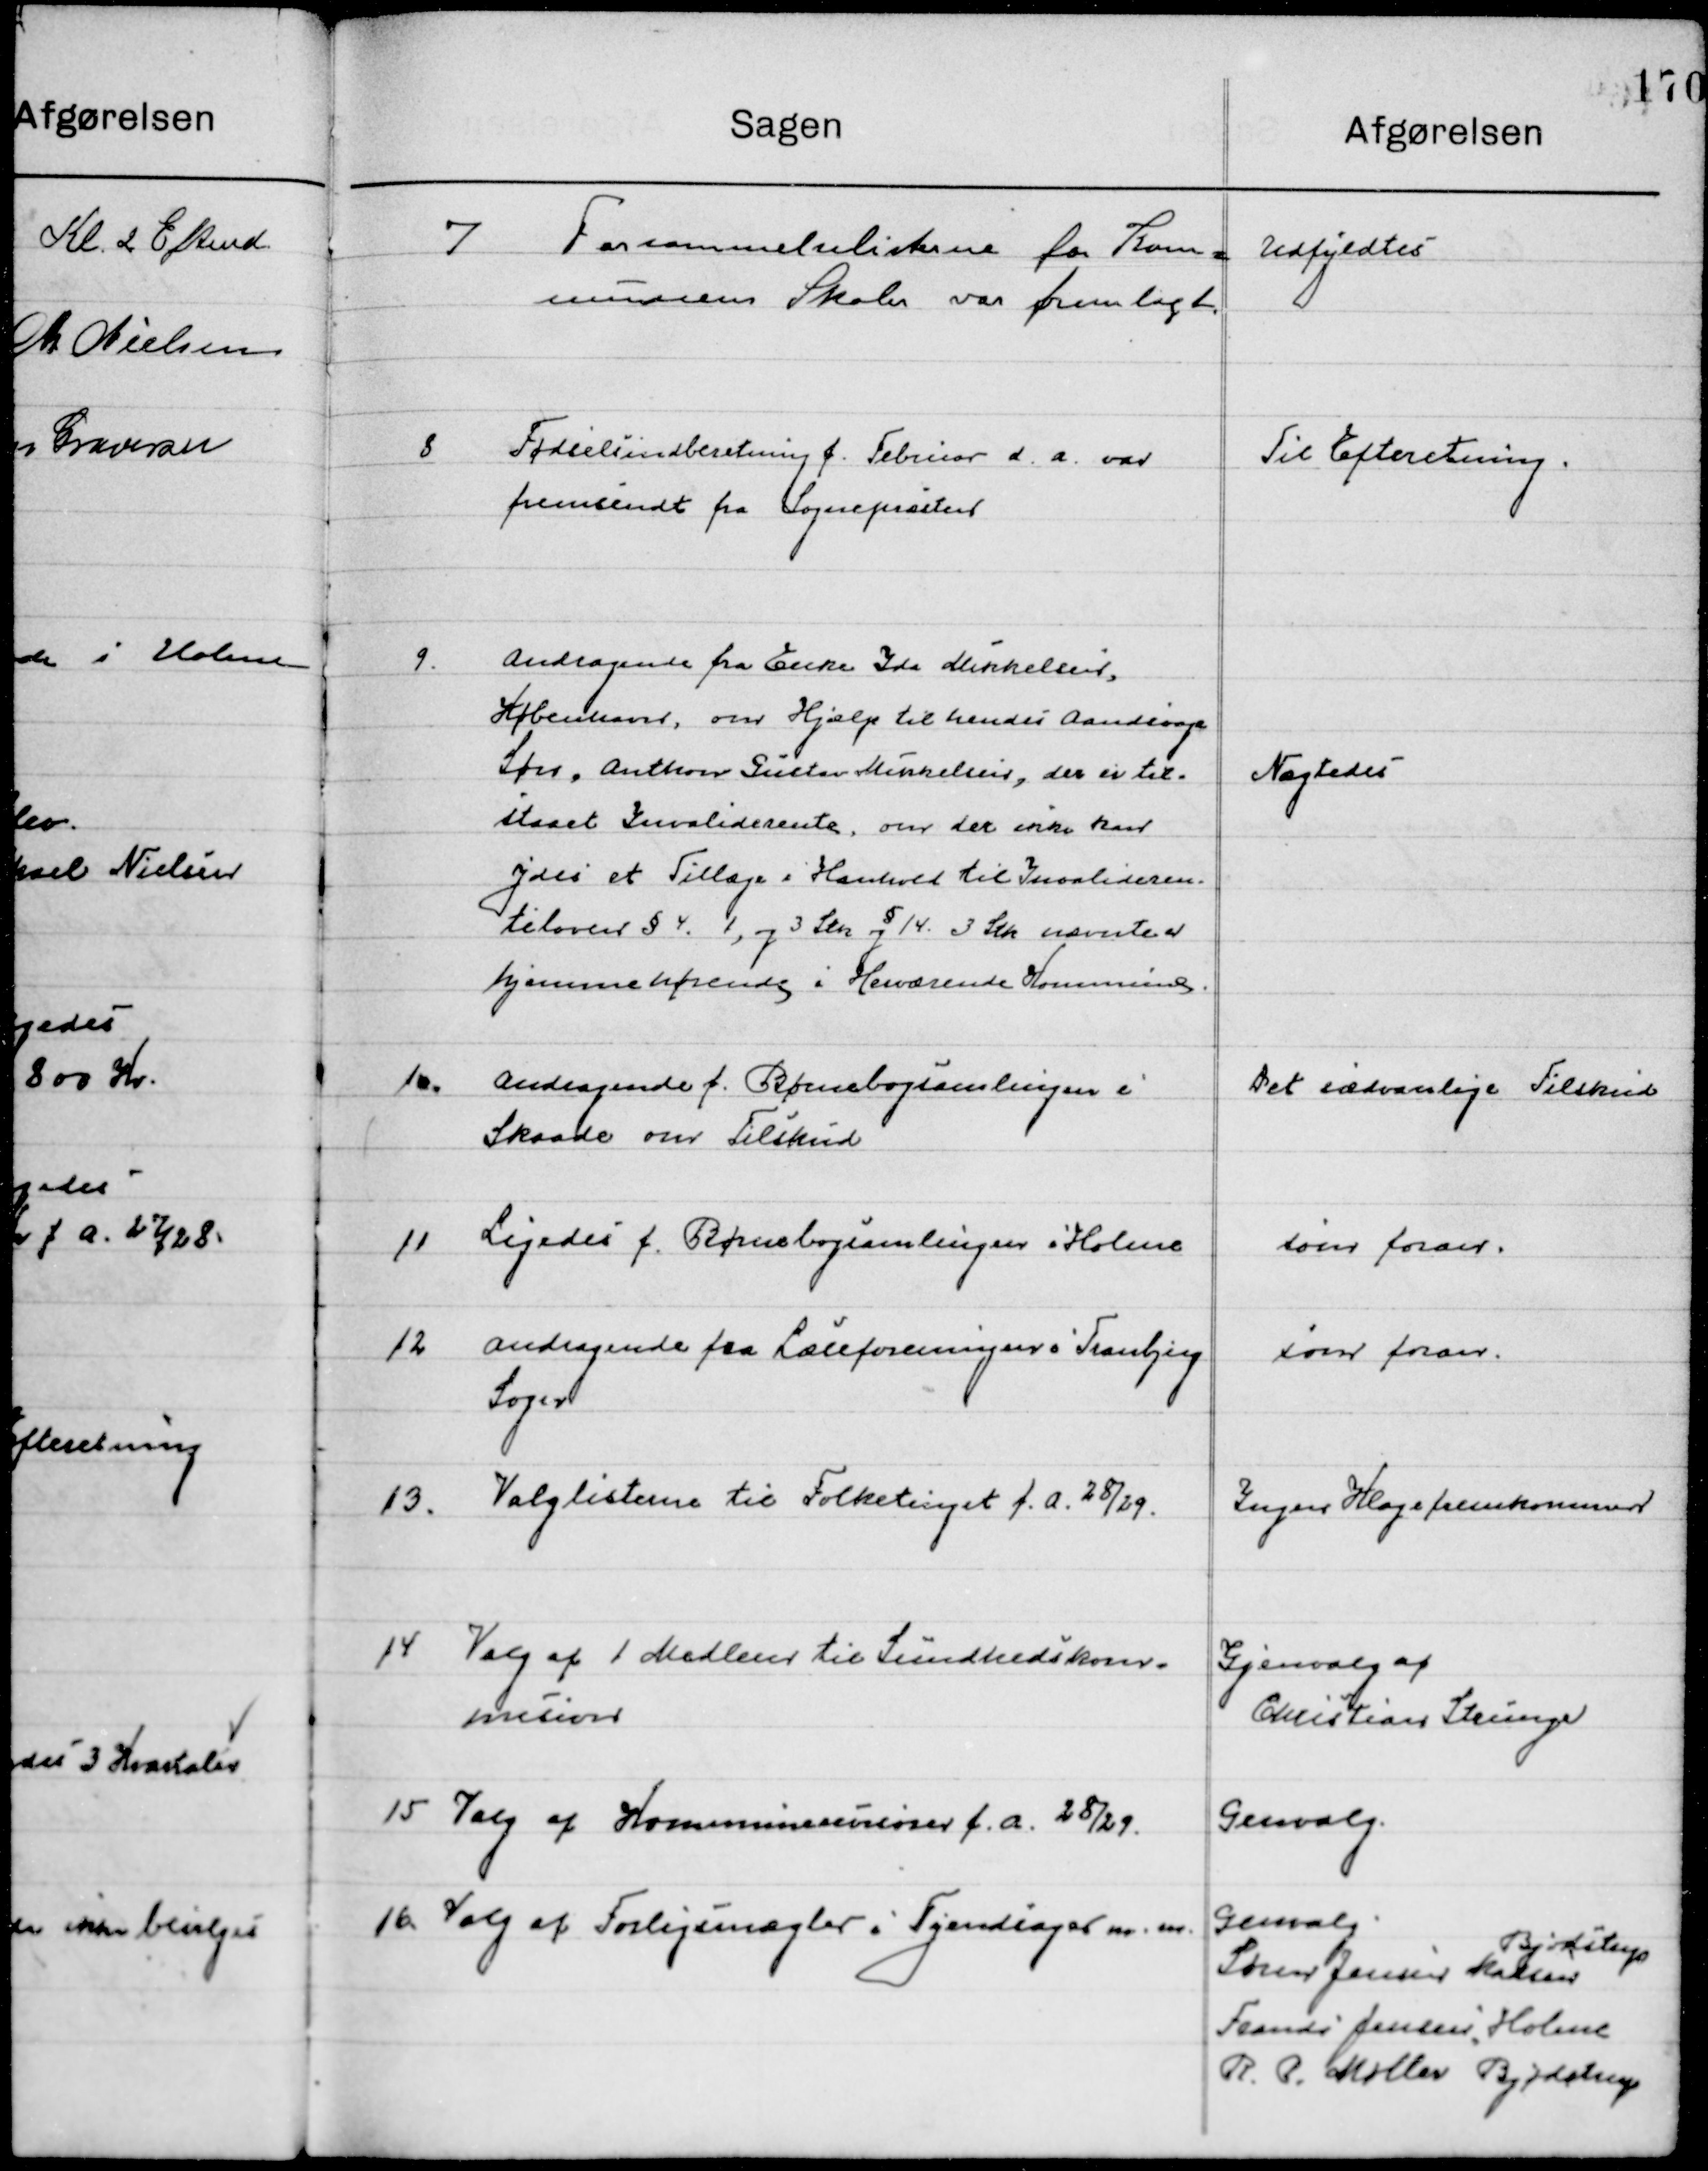
Transskription:
7

Forsømmelseslisten for Kom-
munens Skoler var fremlagt

Udfyldes

8

Fødselsindberetning f. Februar d. a. var
fremsendt fra Sognepræsten.

Til Efterretning

9

Andragende fra Enke Ida Mikkelsen,
København, om Hjælp til hendes Aandsvage 
Søn Author Gustav Mikkelsen, der er til-
staaet Invaliderente, om der ikke kan
 ydes et Tillæg, i henhold til Invalidren-
telovens § 4. 1, og 3 Stk og § 14. 3 stk nævnte 
hjemmehørende i Herværende Kommune.

Nægtes

10

Andragende fra Børnebogssamlingen i 
Skaade om Tilskud

Det sædvanlige Tilskud

11

Ligeledes fra Børnebogssamlingen i Holme

Som foran

12

Andragende fra Læseforeningen i Tranbjerg 
Sogn

Som foran

13

Valglisterne til Folketinget f. a. 28/29.

Ingen Klagefremkommer

14

Valg af 1 Medlem til Sundhedskom-
missionen

Genvalg af
Christian Strunge

15

Valg af Kommunerevisorer f. a. 28/29.

Genvalg

16

Valg af Forligsmægler i Tyendesager m.m.

Genvalg
Søren Jensen Karsten
Bjødstrup
Frands Jensen Holme
R. P. Møller , Bjødstrup